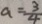
a = \frac { 3 } { 4 }